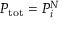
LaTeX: P _ { \mathrm { t o t } } = P _ { i } ^ { N }